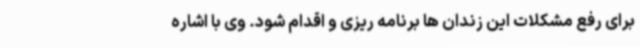
برای رفع مشکلات این زندان ها برنامه ریزی و اقدام شود. وی با اشاره